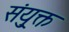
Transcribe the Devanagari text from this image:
संयु्क्त